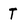
Character: T